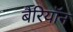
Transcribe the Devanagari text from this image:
बैरियॉन